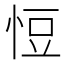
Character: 㤱